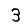
Digit: 3